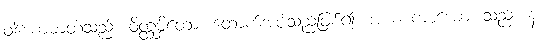
ဝါယောဓာတ်သည်။ ဝိတ္ထမ္ဘိတော၊ ထောက်အပ်သည်ဖြစ်၍။ အယံ ကာယော၊ သည်။ န